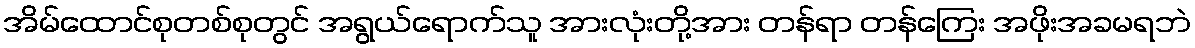
အိမ်ထောင်စုတစ်စုတွင် အရွယ်ရောက်သူ အားလုံးတို့အား တန်ရာ တန်ကြေး အဖိုးအခမရဘဲ